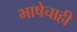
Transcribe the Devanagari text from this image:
भाषेचाही